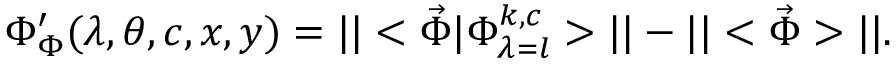
\Phi _ { \Phi } ^ { \prime } ( \lambda , \theta , c , x , y ) = | | < \vec { \boldsymbol { \Phi } } \vert \Phi _ { \lambda = l } ^ { k , c } > | | - | | < \vec { \boldsymbol { \Phi } } > | | .